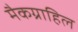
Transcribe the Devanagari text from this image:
मैकग्राहिल